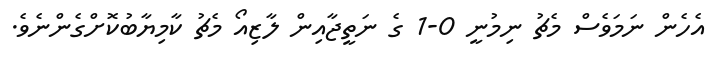
އެހެން ނަމަވެސް މެޗު ނިމުނީ 0-1 ގެ ނަތީޖާއިން ލާޒިއޯ މެޗު ކާމިޔާބުކޮށްގެންނެވެ.